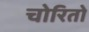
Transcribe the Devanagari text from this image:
चोरितो